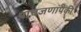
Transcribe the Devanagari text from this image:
पाचजणांपैकी